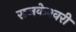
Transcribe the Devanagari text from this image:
राजकेश्‍वरी